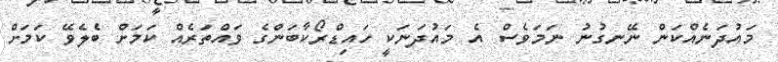
މައުދަނެއްކަން ނޭނގުނު ނަމަވެސް އެ މައުދަނަކީ ހައިޑްރޯކާބަންގެ ވައްތަރެއް ކަމަށް ބެލެވޭ ކަމަށް